Jaan_Tonisson_(Lasteleht), lk 469
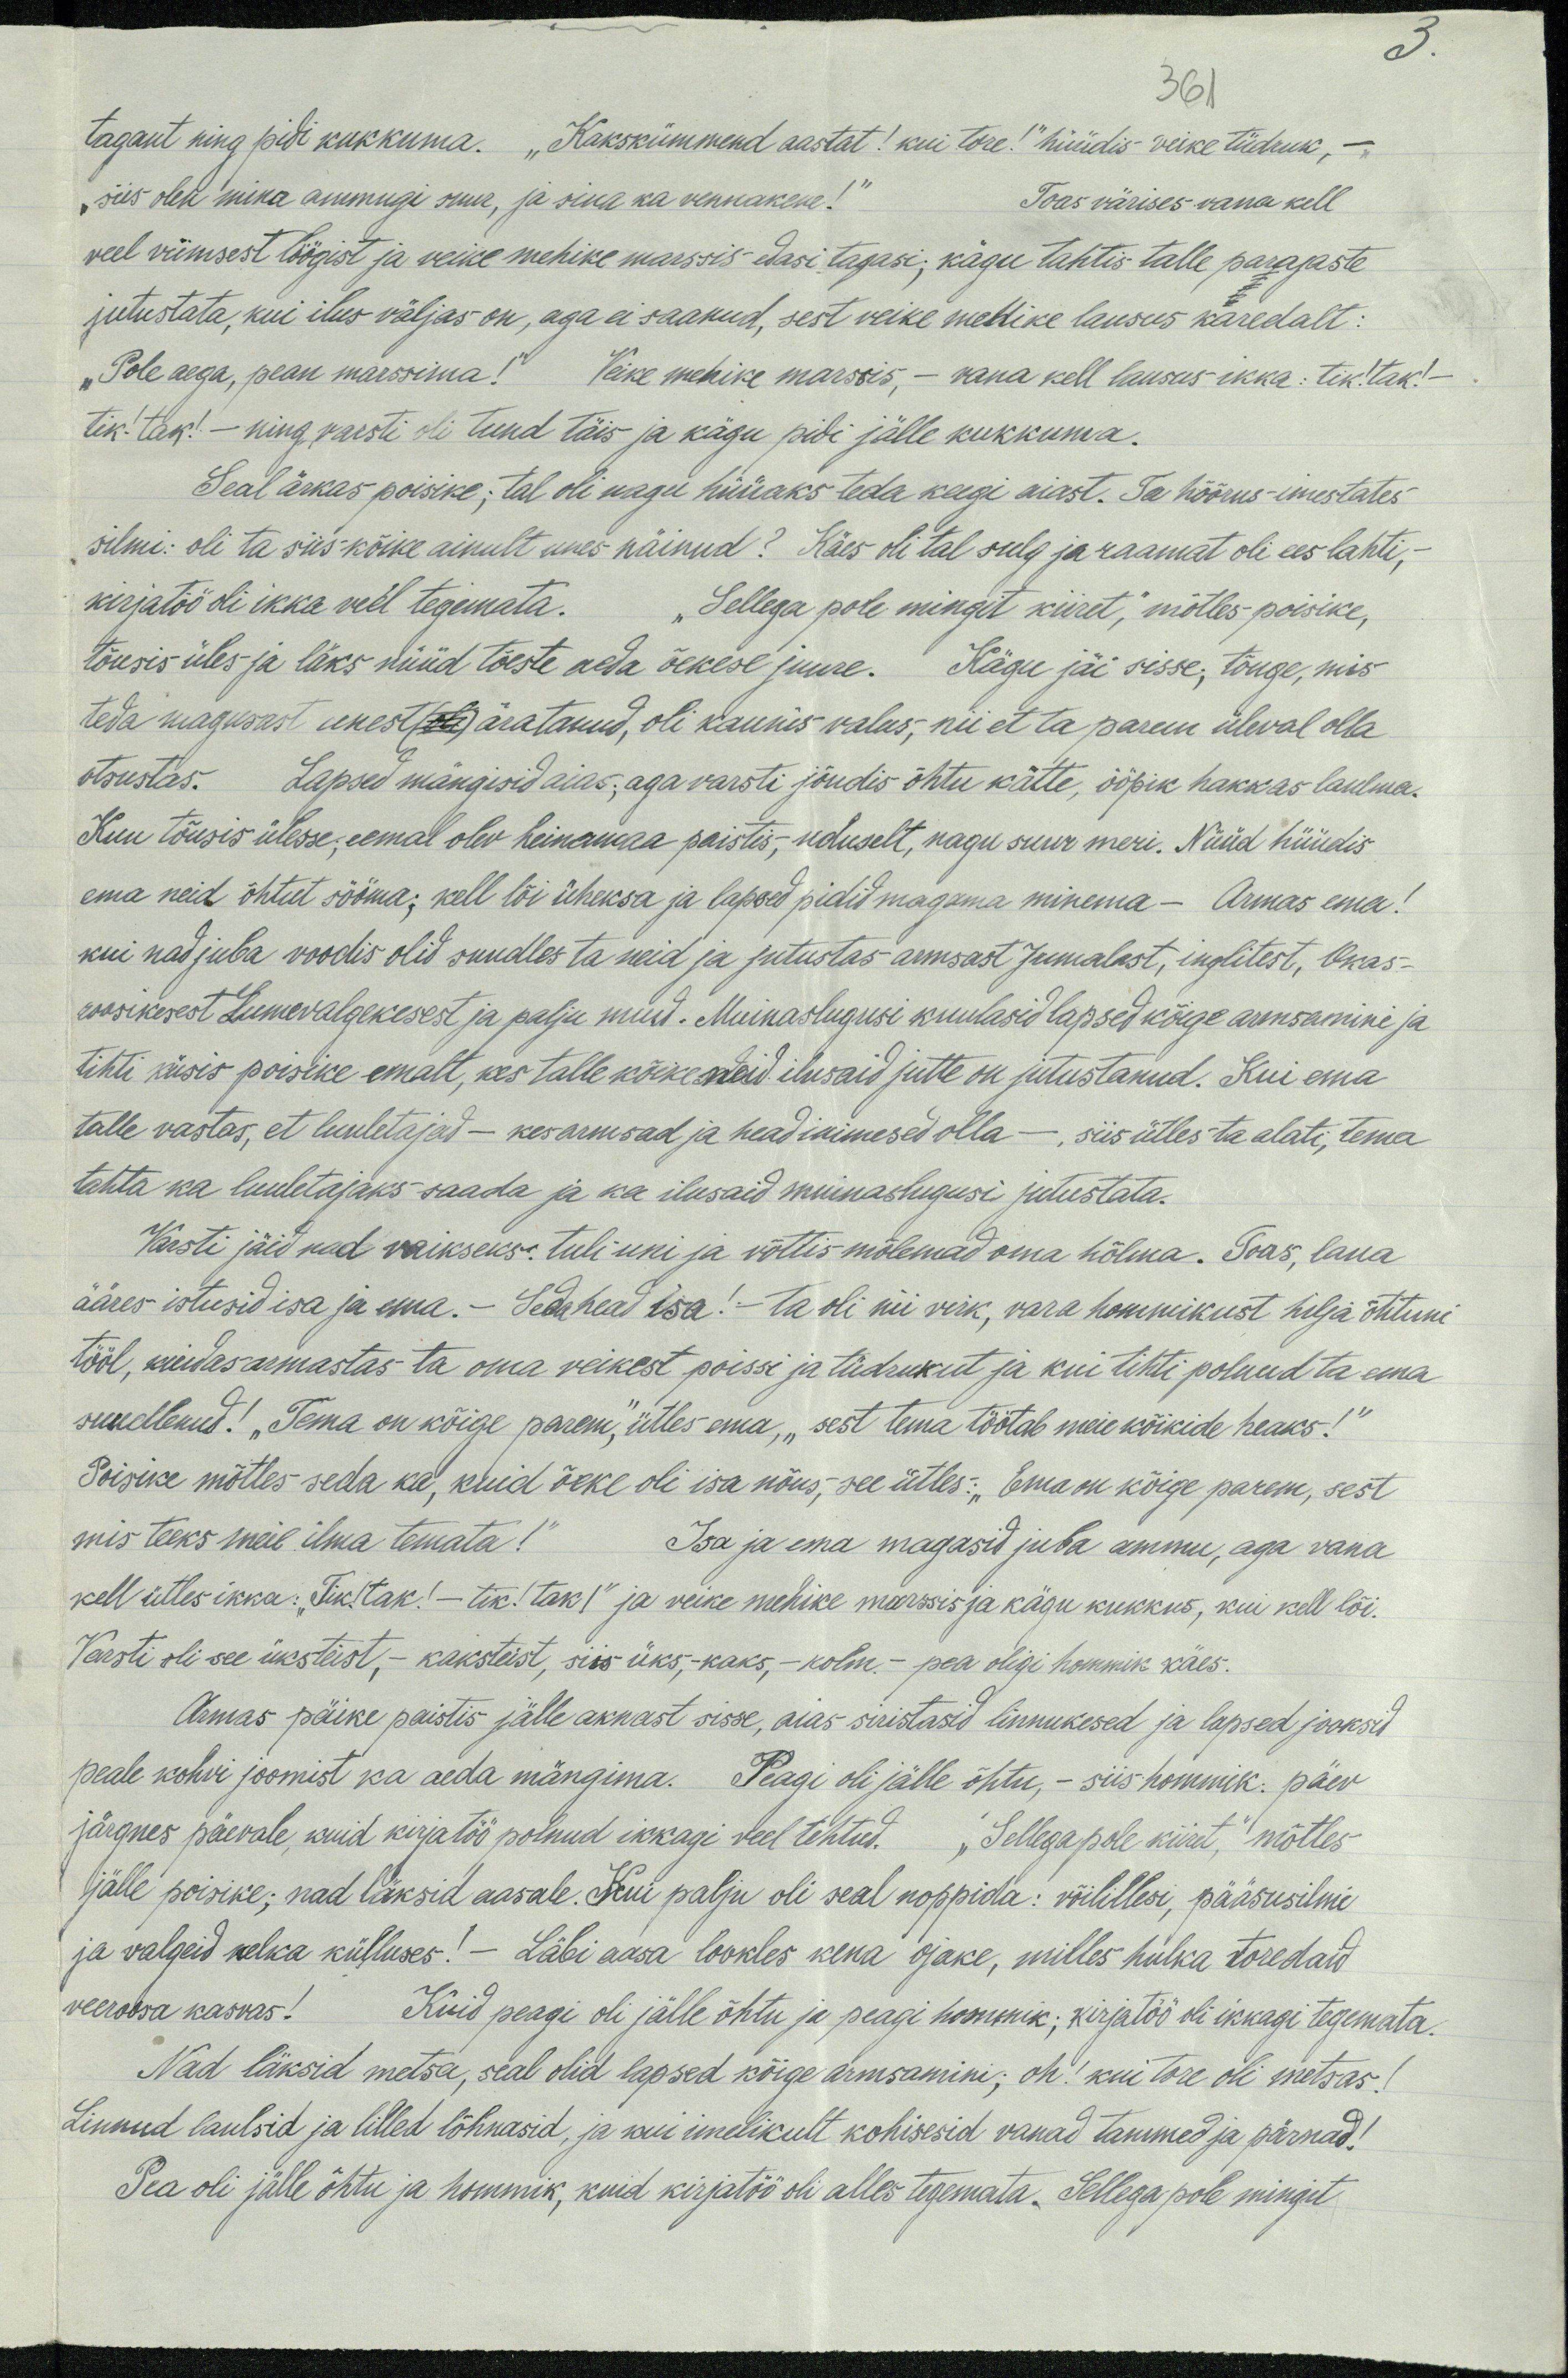
3.
361
tagant ning pidi kukkuma. „Kakskümmend aastat! kui tore!" hüüdis veike tüdruk, -
Toas värises vana kell „siis olen mina ammugi suur, ja sina ka vennakene!“
veel viimsest löögist ja veike mehike marssis edasi tagasi, kägu tahtis talle parajaste
jutustata, kui ilus väljas on, aga ei saanud, sest veike mehike lausus karedalt:
"Pole aega, pean marssima!" Veike mehike marssis, - vana kell lausus ikka: tik!tak! -
tik! tak! - ning vasti oli tund täis ja kägu pidi jälle kukkuma.
Seal ärkas poisike, tal oli nagu hüüaks teda keegi aiast. Ta hõõrus-imestates
silmi: oli ta siis kõike ainult unes näinud? Käes oli tal sulg ja raamat oli ees lahti,
kirjatöö oli ikka veel tegemata. "Sellega pole mingit kiiret", mõtles poisike,
tõusis üles ja läks nüüd tõeste aeda õekese juure. Kägu jäi sisse, tõuge, mis
teda magusast unest (ole) äratanud, oli kaunis valus, nii et ta parem üleval olla
otsustas. Lapsed mängisid aias, aga varsti jõudis õhtu kätte, ööpik hakkas laulma.
Kuu tõusis ülesse, eemal olev heinamaa paistis, uduselt, nagu suur meri. Nüüd hüüdis
ema neid õhtut sööma; kell lõi üheksa ja lapsed pidid magema minema - Armas ema!
kui nad juba voodis olid suudles ta neid ja jutustas armsast Jumalast, inglitest, Okas-
roosikesest Lumevalgekesest ja palju muud. Muinaslugusi kuulasid lapsed kõige armsamini ja
tihti küsis poisike emalt, kes talle kõike neid ilusaid jutte on jutustanud. Kui ema
talle vastas, et luuletajad - kes armsad ja head inimesed olla - siis ütles ta alati, tema
tahta ka luuletajaks saada ja ka ilusaid muinaslugusi jutustata.
Varsti jäid nad vaikseks: tuli uni ja võttis mõlemad oma hõlma. Toas, laua
ääres istusid isa ja ema. - Seda head Isa! - Ta oli nii virk, vara hommikust hilja õhtuni
tööl, kuidas armastas ta oma veikest poissi ja tüdrukut ja kui tihti polnud ta ema
suudlenud! „Tema on kõige parem," ütles ema, “sest tema töötab meie kõikide heaks!"
Poisike mõtles seda ka, kuid õeke oli isa nõus, see ütles: "Ema on kõige parem, sest
mis teeks meie ilma temata!" Isa ja ema magasid juba ammu, aga vana
kell ütles ikka: "Tik! tak! - tik! tak!" ja veike mehike marssis kägu kukkus, kui kell lõi.
Varsti oli see üksteist - kaksteist, siis üks,- kaks, - kolm - pea oligi hommik käes.
Armas päike paistis jälle aknast sisse, aias siristasid linnukesed ja lapsed jooksid
peale kohvi joomist ka aeda mängima. Peagi oli jälle õhtu, - siis hommik. päev
järgnes päevale, kuid kirjatöö polnud ikkagi veel tehtud. "Sellega pole kiiret," mõtles
jälle poisike; nad läksid aasale. Kui palju oli seal noppida: võilillesi, pääsusilmi
ja valgeid nelka külluses! - Läbi aasa lookles kena, ojake, milles hulka toredaid
veeroosa kasvas! Kuid peagi oli jälle õhtu ja peagi hommik; kirjatöö oli ikkagi tegemata.
Nad läksid metsa, seal olid lapsed kõige armsamini; oh! kui tore oli metsas!
Linnud laulsid ja lilled lõhnasid, ja kui imelikult kohisesid vanad tammed ja pärnad!
Pea oli jälle õhtu ja hommik, kuid kirjatöö oli alles tegemata. Sellega pole mingit